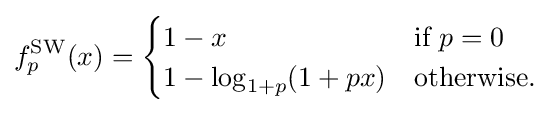
f_{p}^{\mathrm {SW} }(x)={\begin{cases}1-x&{\text{if }}p=0\\1-\log _{1+p}(1+px)&{\text{otherwise.}}\end{cases}}